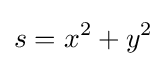
s=x^{2}+y^{2}